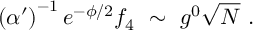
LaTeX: \left( \alpha ^ { \prime } \right) ^ { - 1 } e ^ { - \phi / 2 } f _ { 4 } \ \sim \ g ^ { 0 } \sqrt { N } \ .